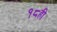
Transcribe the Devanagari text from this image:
१८ही